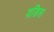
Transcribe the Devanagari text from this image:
वडिस